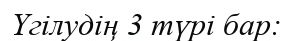
Үгілудің 3 түрі бар: